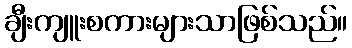
ချီးကျူးစကားများသာဖြစ်သည်။